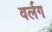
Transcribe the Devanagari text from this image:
वर्लग